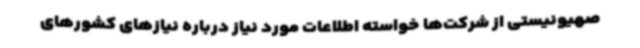
صهیونیستی از شرکت‌ها خواسته اطلاعات مورد نیاز درباره نیازهای کشورهای